Civil Veterinary Dept. Bombay admin report 1914-1922 - 1914-1922
Year: 1914
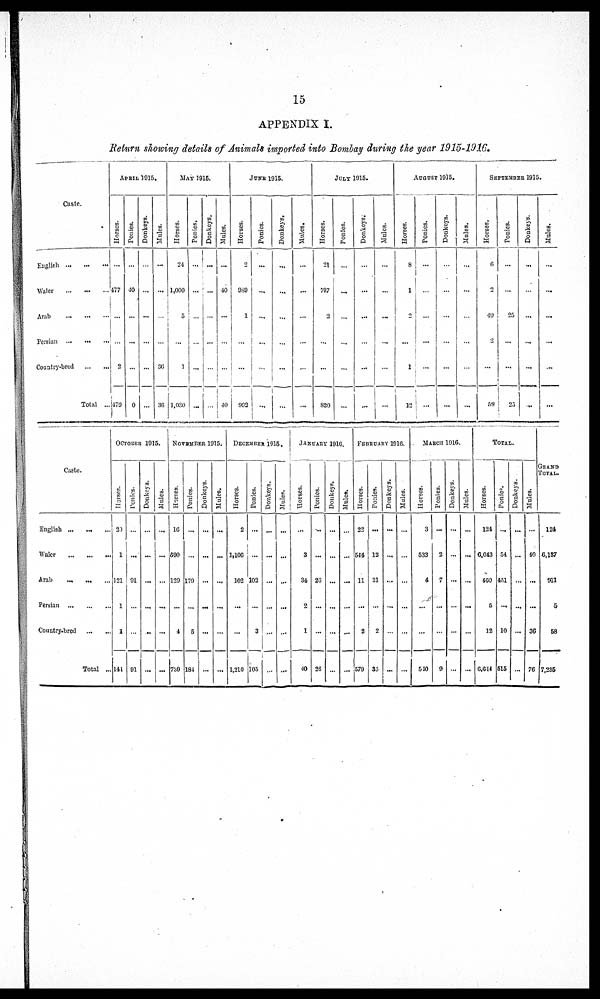
15
APPENDIX I.
Return showing details of Animals imported into Bombay during the year 1915-1916.
Caste.
English ... ... ...
Waler ... ... ...
Arab ... ... ...
Persian ... ... ...
Country-bred ... ...
Total ...
APRIL 1915.
Horses.
...
477
...
...
2
479
Ponies.
...
40
...
...
...
0
Donkeys.
...
...
...
...
...
...
Mules.
...
...
...
...
36
36
MAY 1915.
Horses.
24
1,000
5
...
1
1,030
Ponies.
...
...
...
...
...
...
Donkeys.
...
...
...
...
...
...
Mules.
...
40
...
...
...
40
JUNE 1915.
Horses.
2
989
1
...
...
992
Ponies.
...
...
...
...
...
...
Donkeys.
...
...
...
...
...
...
Mules.
...
...
...
...
...
...
JULY 1915.
Horses.
21
797
2
...
...
820
Ponies.
...
...
...
...
...
...
Donkeys.
...
...
...
...
...
...
Mules.
...
...
...
...
...
...
AUGUST 1915.
Horses.
8
1
2
...
1
12
Ponies.
...
...
...
...
...
...
Donkeys.
...
...
...
...
...
...
Mules.
...
...
...
...
...
...
SEPTEMBER 1915.
Horses.
6
2
49
2
...
59
Ponies.
...
...
25
...
...
25
Donkeys.
...
...
...
...
...
...
Mules.
...
...
...
...
...
...
Caste.
English ... ... ...
Waler ... ... ...
Arab ... ... ...
Persian ... ... ...
Country-bred ... ...
Total ...
OCTOBER 1915.
Horses.
20
1
121
1
1
144
Ponies.
...
...
91
...
...
91
Donkeys.
...
...
...
...
...
...
Mules.
...
...
...
...
...
...
NOVEMBER 1915.
Horses.
16
590
129
...
4
739
Ponies.
...
...
179
...
5
184
Donkeys.
...
...
...
...
...
...
Mules.
...
...
...
...
...
...
DECEMBER 1915.
Horses.
2
1,106
102
...
...
1,210
Ponies.
...
...
102
...
3
105
Donkeys.
...
...
...
...
...
...
Mules.
...
...
...
...
...
...
JANUARY 1916.
Horses.
...
3
34
2
1
40
Ponies.
..
...
26
...
...
26
Donkeys.
...
...
...
...
...
...
Mules.
...
...
...
...
...
...
FEBRUARY 1916.
Horses.
22
544
11
...
2
579
Ponies.
...
12
21
...
2
35
Donkeys.
...
...
...
...
...
...
Mules.
...
...
...
...
...
...
MARCH 1916.
Horses.
3
533
4
...
...
510
Ponies.
...
2
7
...
...
9
Donkeys.
...
...
...
...
...
...
Mules.
...
...
...
...
...
...
TOTAL.
Horses.
124
6,043
460
5
12
6,614
Ponies.
...
54
451
...
10
515
Donkeys.
...
...
...
...
...
...
Mules.
...
40
...
...
36
76
GRAND
TOTAL.
124
6,137
911
5
58
7,235